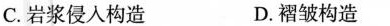
C.岩浆侵入构造 D.褶皱构造